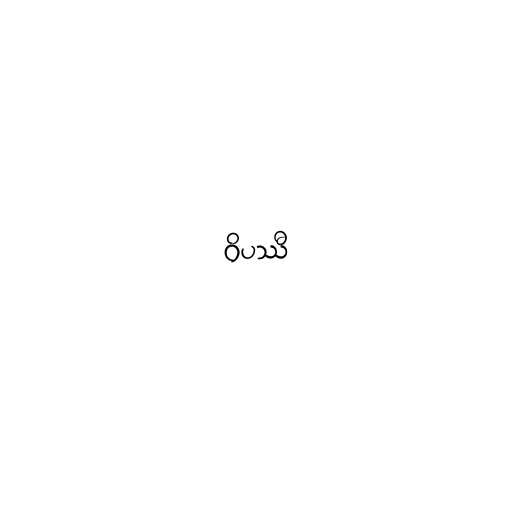
ဝိပဿီ